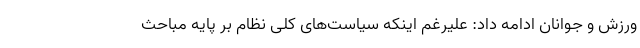
ورزش و جوانان ادامه داد: علیرغم اینکه سیاست‌های کلی نظام بر پایه مباحث